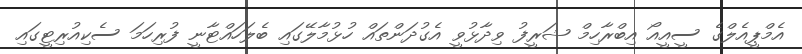
އެމްޕީއެލްގެ ސީއީއޯ އިބްރާހިމް ޝަރީފު ވިދާޅުވީ އެގުދަންތައް ހުޅުމާލޭގައި ބެލަހައްޓާނީ ފުރިހަމަ ސެކިއުރިޓީގައި